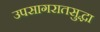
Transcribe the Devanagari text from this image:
उपसागरातसुद्धा